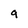
Character: g